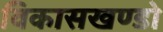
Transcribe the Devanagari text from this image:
विकासखण्डो